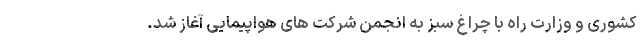
کشوری و وزارت راه با چراغ سبز به انجمن شرکت های هواپیمایی آغاز شد.